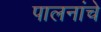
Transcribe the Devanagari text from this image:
पालनांचे